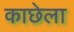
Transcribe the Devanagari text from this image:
काछेला